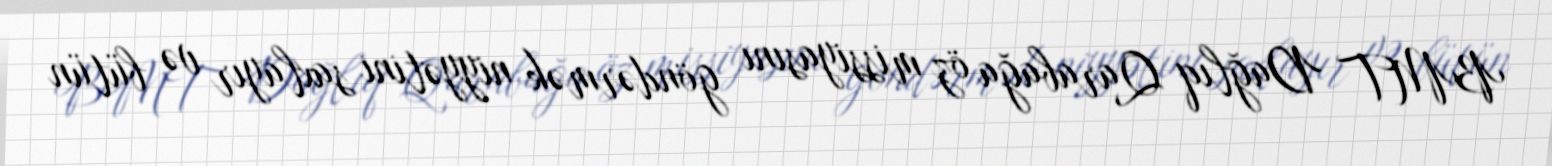
BMT Dağlıq Qarabağa öz missiyasını göndərmək niyyətini saxlayır və bütün